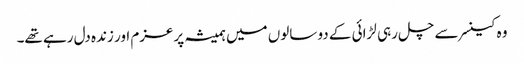
وہ کینسر سے چل رہی لڑائی کے دو سالوں میں ہمیشہ پرعزم اور زندہ دل رہے تھے۔